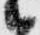
候